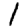
Digit: 1